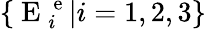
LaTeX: \{ \mathrm{~E~}_{i}^{\mathrm{~e~}}|i=1,2,3\}